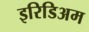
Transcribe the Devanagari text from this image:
इरिडिअम